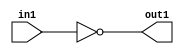
`timescale 1ps / 1ps
/*****************************************************************************
    Verilog RTL Description
    
    
    Created by: Stratus DpOpt 21.05.01 
*******************************************************************************/

module SobelFilter_Not_1U_1U_4_0 (
	in1,
	out1
	); /* architecture "behavioural" */ 
input  in1;
output  out1;
wire  asc001;

assign asc001 = 
	((~in1));

assign out1 = asc001;
endmodule

/* CADENCE  urXyTQk= : u9/ySxbfrwZIxEzHVQQV8Q== ** DO NOT EDIT THIS LINE ******/